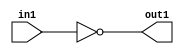
`timescale 1ps / 1ps
/*****************************************************************************
    Verilog RTL Description
    
    
    Created by: Stratus DpOpt 21.05.01 
*******************************************************************************/

module SobelFilter_Not_1U_1U_4_0 (
	in1,
	out1
	); /* architecture "behavioural" */ 
input  in1;
output  out1;
wire  asc001;

assign asc001 = 
	((~in1));

assign out1 = asc001;
endmodule

/* CADENCE  urXyTQk= : u9/ySxbfrwZIxEzHVQQV8Q== ** DO NOT EDIT THIS LINE ******/